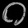
Digit: ၀